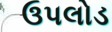
ઉપલોડ